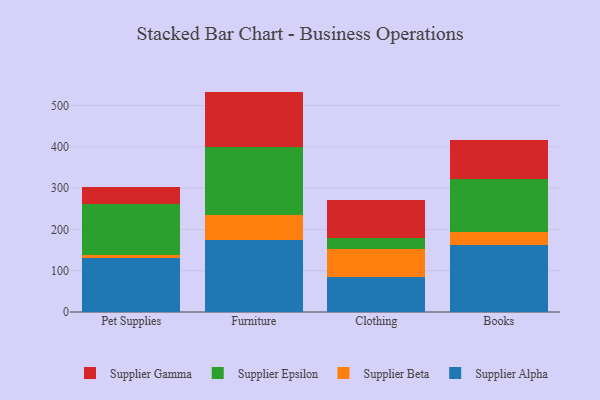
{"axis": {"x": "Category", "y": "Gross Profit (USD K)"}, "legend": ["Supplier Alpha", "Supplier Beta", "Supplier Epsilon", "Supplier Gamma"], "data": [{"x": "Pet Supplies", "y": 130.3, "type": "Supplier Alpha"}, {"x": "Pet Supplies", "y": 9.0, "type": "Supplier Beta"}, {"x": "Pet Supplies", "y": 122.0, "type": "Supplier Epsilon"}, {"x": "Pet Supplies", "y": 42.1, "type": "Supplier Gamma"}, {"x": "Furniture", "y": 174.6, "type": "Supplier Alpha"}, {"x": "Furniture", "y": 60.4, "type": "Supplier Beta"}, {"x": "Furniture", "y": 165.5, "type": "Supplier Epsilon"}, {"x": "Furniture", "y": 133.4, "type": "Supplier Gamma"}, {"x": "Clothing", "y": 84.2, "type": "Supplier Alpha"}, {"x": "Clothing", "y": 68.6, "type": "Supplier Beta"}, {"x": "Clothing", "y": 25.3, "type": "Supplier Epsilon"}, {"x": "Clothing", "y": 92.2, "type": "Supplier Gamma"}, {"x": "Books", "y": 162.4, "type": "Supplier Alpha"}, {"x": "Books", "y": 31.8, "type": "Supplier Beta"}, {"x": "Books", "y": 127.9, "type": "Supplier Epsilon"}, {"x": "Books", "y": 94.6, "type": "Supplier Gamma"}]}